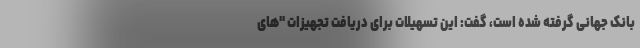
بانک جهانی گرفته شده است، گفت: این تسهیلات برای دریافت تجهیزات "های